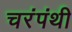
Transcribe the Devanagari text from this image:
चरंपंथी